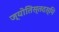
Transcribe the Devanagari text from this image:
ज्योतिस्तदस्मि